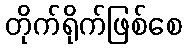
တိုက်ရိုက်ဖြစ်စေ